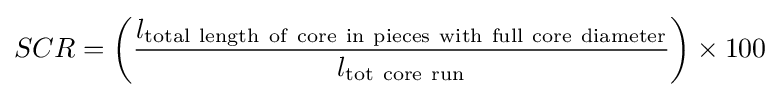
SCR=\left({\frac {l_{\mathrm {total~length~of~core~in~pieces~with~full~core~diameter} }}{l_{\mathrm {tot~core~run} }}}\right)\times 100